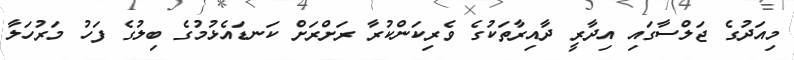
މިއަދުގެ ޖަލްސާގައި އިދާރީ ދާއިރާތަކުގެ ވެރިކަންކުރާ ރަށްރަށް ކަނޑައެޅުމުގެ ބިލުގެ ފަހު މަރުހަލާ